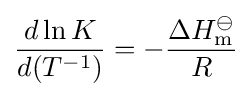
{\frac {d\ln K}{d(T^{-1})}}=-{\frac {\Delta H_{\mathrm {m} }^{\ominus }}{R}}